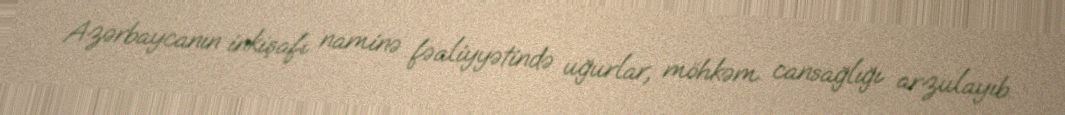
Azərbaycanın inkişafı naminə fəaliyyətində uğurlar, möhkəm cansağlığı arzulayıb.